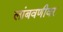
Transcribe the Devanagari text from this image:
लांबवणीवर